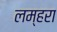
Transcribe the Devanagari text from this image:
लम्हरा